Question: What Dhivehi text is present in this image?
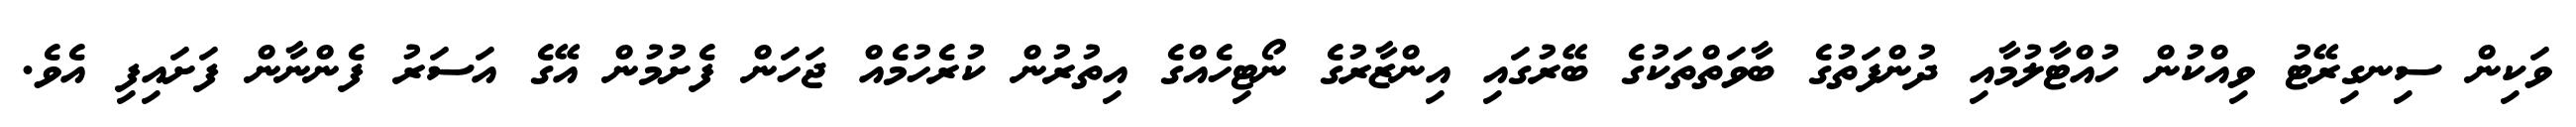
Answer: ވަކިން ސިނގިރޭޓު ވިއްކުން ހުއްޓާލުމާއި ދުންފަތުގެ ބާވަތްތަކުގެ ބޭރުގައި އިންޒާރުގެ ނޯޓިހެއްގެ އިތުރުން ކުރެހުމެއް ޖަހަން ފެށުމުން އޭގެ އަސަރު ފެންނާން ފަށައިފި އެވެ.